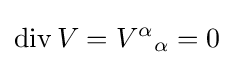
\operatorname {div} V=V^{\alpha }{}_{\alpha }=0